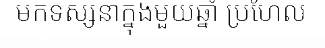
មកទស្សនាក្នុងមួយឆ្នាំ ប្រហែល